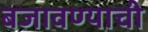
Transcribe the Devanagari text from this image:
बजावण्याची